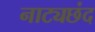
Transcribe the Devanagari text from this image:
नाट्यछंद